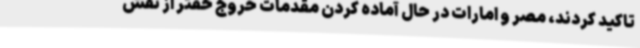
تاکید کردند، مصر و امارات در حال آماده کردن مقدمات خروج حفتر از نقش